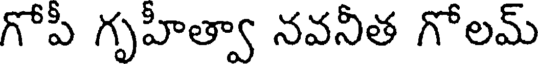
గోపీ గృహీత్వా నవనీత గోలమ్